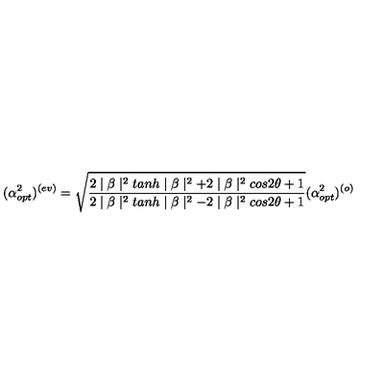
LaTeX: ( \alpha _ { o p t } ^ { 2 } ) ^ { ( e v ) } = \sqrt { \frac { 2 \mid \beta \mid ^ { 2 } t a n h \mid \beta \mid ^ { 2 } + 2 \mid \beta \mid ^ { 2 } c o s 2 \theta + 1 } { 2 \mid \beta \mid ^ { 2 } t a n h \mid \beta \mid ^ { 2 } - 2 \mid \beta \mid ^ { 2 } c o s 2 \theta + 1 } } ( \alpha _ { o p t } ^ { 2 } ) ^ { ( o ) } \nonumber \,